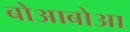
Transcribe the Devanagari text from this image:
बोआबोआ